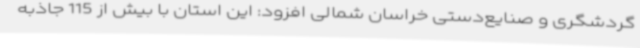
گردشگری و صنایع‌دستی خراسان شمالی افزود: این استان با بیش از 115 جاذبه